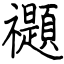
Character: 禵